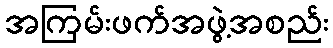
အကြမ်းဖက်အဖွဲ့အစည်း